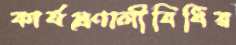
কার্যপ্রণালীবিধির